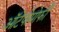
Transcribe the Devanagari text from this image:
ऑटेपोमोर्फी